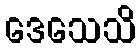
ဒေသေသိ